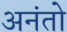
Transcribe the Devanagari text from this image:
अनंतो